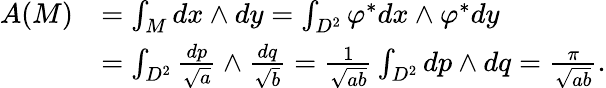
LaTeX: \begin{array}{rl}{A(M)}&{=\int_{M}dx\wedge dy=\int_{{D}^{2}}\varphi^{\ast}dx\wedge\varphi^{\ast}dy}\\ &{=\int_{{D}^{2}}\frac{dp}{\sqrt{a}}\wedge\frac{dq}{\sqrt{b}}=\frac{1}{\sqrt{ab}}\int_{{D}^{2}}dp\wedge dq=\frac{\pi}{\sqrt{ab}}.}\end{array}